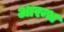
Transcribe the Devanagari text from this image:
आरन्भ